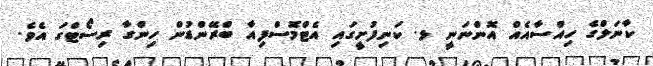
ކާނަލްގެ ހިއްސާއެއް އޮންނަނީ ޅ. ކަނިފުށީގައި އެޓްމޮސްފިއާ ބްރޭންޑުން ހިންގާ ރިސޯޓްގަ އެވެ.